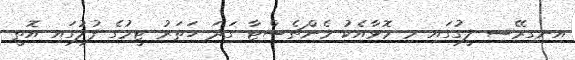
އިނގިރޭސި ލީގުގައި މި މޮޅާއެކު މެންޗެސްޓާ ގަދަ ހަތަރު ޓީމުގެ ފުލުގައި އޮތީ